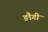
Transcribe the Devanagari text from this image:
ङौगी